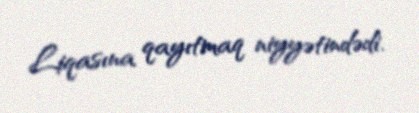
Liqasına qayıtmaq niyyətindədi.